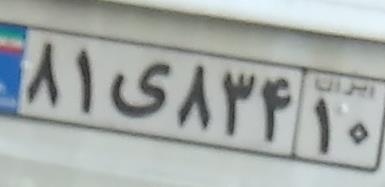
۸۱ی۸۳۴۱۰